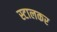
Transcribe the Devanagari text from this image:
स्टालकर